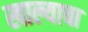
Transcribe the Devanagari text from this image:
खाल्याचा